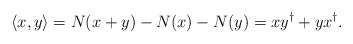
\begin{align*} \langle x, y\rangle = N(x+y) - N(x) - N(y) = x y^\dagger + y x^\dagger. \end{align*}